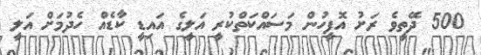
500 ދޭތީވެ ރަށު އޮފީހުން މަސައްކަތްކުރީ އަލީގެ އައިޑީ ކާޑެއް ހެދުމަށް އަލީ